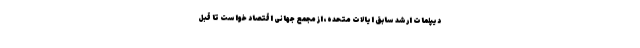
دیپلمات ارشد سابق ایالات متحده، از مجمع جهانی اقتصاد خواست تا قبل